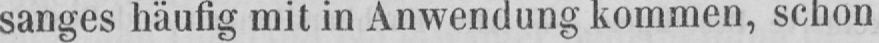
sanges häufig mit in Anwendung kommen, schon